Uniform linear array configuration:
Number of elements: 24
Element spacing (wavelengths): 1
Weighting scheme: cosine
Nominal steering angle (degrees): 30
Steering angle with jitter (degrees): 30.099
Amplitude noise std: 0.05
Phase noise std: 0.05

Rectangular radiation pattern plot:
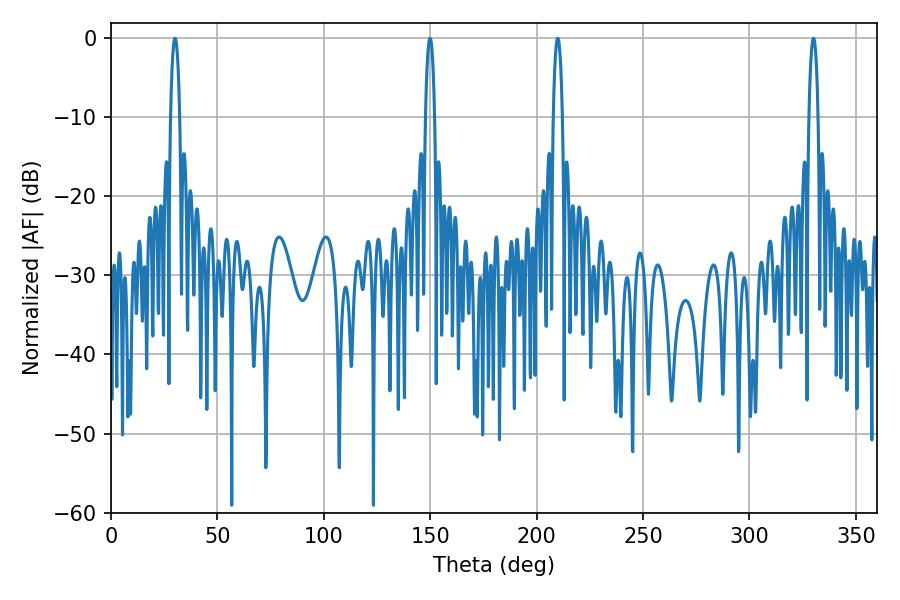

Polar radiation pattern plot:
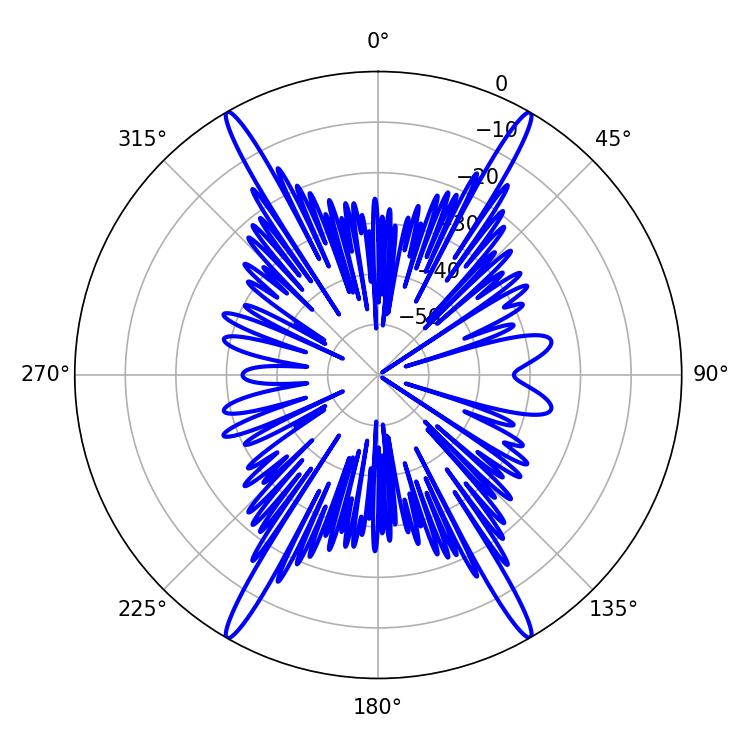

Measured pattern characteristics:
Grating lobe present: TRUE
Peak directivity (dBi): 32.236
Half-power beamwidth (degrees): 2.34
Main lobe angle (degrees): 209.88